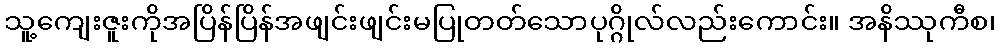
သူ့ကျေးဇူးကိုအပြိန်ပြိန်အဖျင်းဖျင်းမပြုတတ်သောပုဂ္ဂိုလ်လည်းကောင်း။ အနိဿုကီစ၊